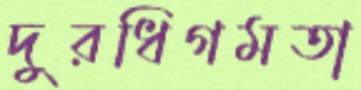
দুরধিগমতা